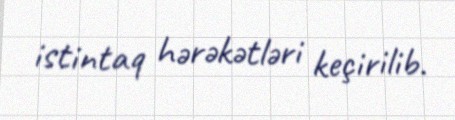
istintaq hərəkətləri keçirilib.